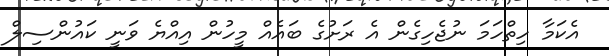
އެކަމާ ހިތްހަމަ ނުޖެހިގެން އެ ރަށުގެ ބައެއް މީހުން އިއްޔެ ވަނީ ކައުންސިލް